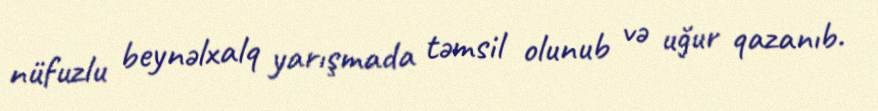
nüfuzlu beynəlxalq yarışmada təmsil olunub və uğur qazanıb.